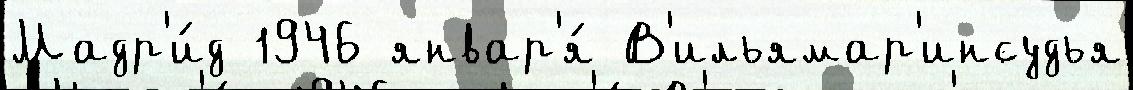
Мадр'и́д 1946 январ'я́ В'ильямар'инсудья